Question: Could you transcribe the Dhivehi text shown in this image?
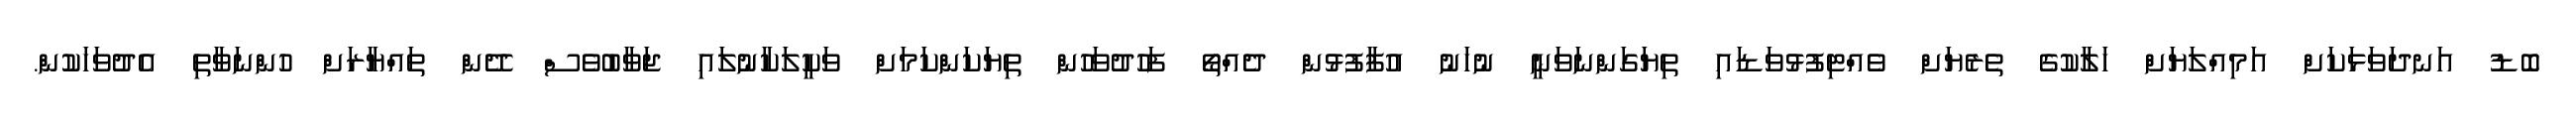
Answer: ބޮޑު އަނދަވަޅަކަށް އަމިއްލަޔަށް ހަލާކުގެ ތެރެޔަށް ވެއްޓިފުޅުވަޑައި ތިޔަގަންނަވަނީ ނުހަނު އުފާފުޅުން ދެއްތޯ ފަހުދުވަހުން ތިޔަކަންކަމަށް ވަކީލަކާނުލައި ޖަވާބުވެސް ދޭން ތައްޔާރަށް ހުންނަވާތި އެދުވަހަކުން.